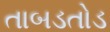
તાબડતોડ